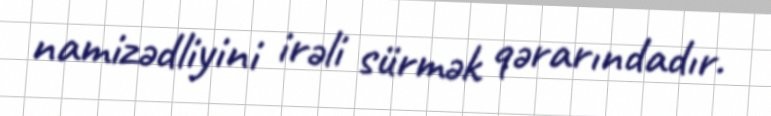
namizədliyini irəli sürmək qərarındadır.